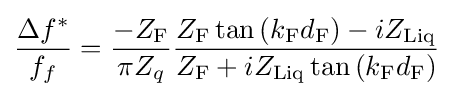
{\frac {\Delta f^{*}}{f_{f}}}={\frac {-Z_{\mathrm {F} }}{\pi Z_{q}}}{\frac {Z_{\mathrm {F} }\tan \left(k_{\mathrm {F} }d_{\mathrm {F} }\right)-iZ_{\mathrm {Liq} }}{Z_{\mathrm {F} }+iZ_{\mathrm {Liq} }\tan \left(k_{\mathrm {F} }d_{\mathrm {F} }\right)}}